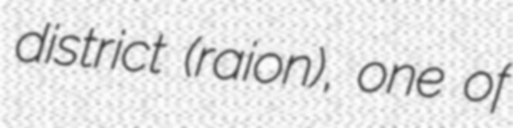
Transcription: district (raion), one of